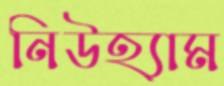
নিউহ্যাম